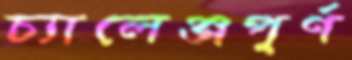
চ্যালেঞ্জপূর্ণ